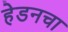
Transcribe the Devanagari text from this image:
हेडनचा